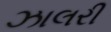
ઝાલરી